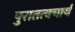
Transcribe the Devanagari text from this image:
पुरातत्वचार्य